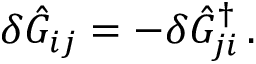
\delta \hat { G } _ { i j } = - \delta \hat { G } _ { j i } ^ { \dagger } \, .